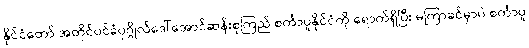
နိုင်ငံတော် အတိုင်ပင်ခံပုဂ္ဂိုလ်ဒေါ်အောင်ဆန်းစုကြည် စင်္ကာပူနိုင်ငံကို ရောက်ရှိပြီး မကြာခင်မှာပဲ စင်္ကာပူ